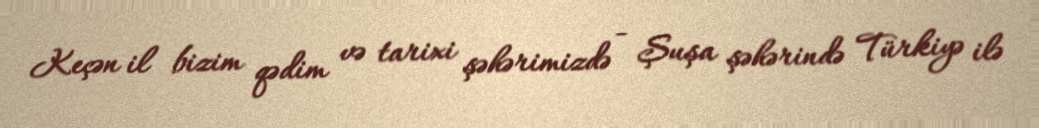
Keçən il bizim qədim və tarixi şəhərimizdə - Şuşa şəhərində Türkiyə ilə